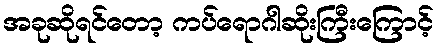
အခုဆိုရင်တော့ ကပ်ရောဂါဆိုးကြီးကြောင့်